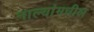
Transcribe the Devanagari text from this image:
नाल्यांमधील